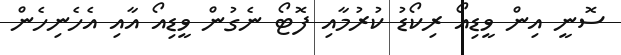
ސޮނީ އިން ވީޑިއޯ ރިކޯޑު ކުރުމާއި ފޮޓޯ ނެގުން ވީޑިއޯ އާއި އެހެނިހެން